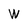
Character: w